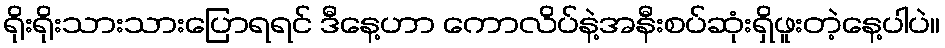
ရိုးရိုးသားသားပြောရရင် ဒီနေ့ဟာ ကောလိပ်နဲ့အနီးစပ်ဆုံးရှိဖူးတဲ့နေ့ပါပဲ။